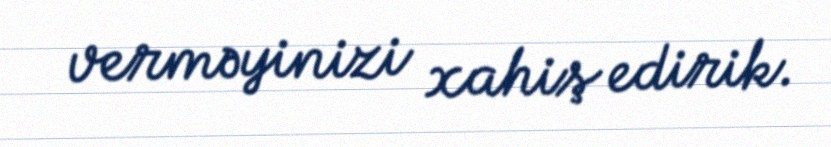
verməyinizi xahiş edirik.